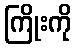
ကြိုးကို